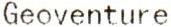
GEOVENTURE